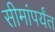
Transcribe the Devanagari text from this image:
सीमांपर्यंत